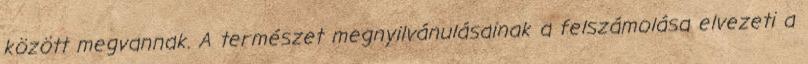
között megvannak. A természet megnyilvánulásainak a felszámolása elvezeti a